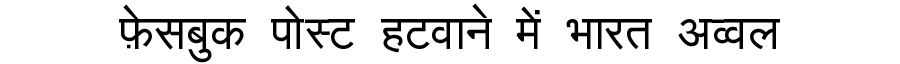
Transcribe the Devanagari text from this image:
फ़ेसबुक पोस्ट हटवाने में भारत अव्वल